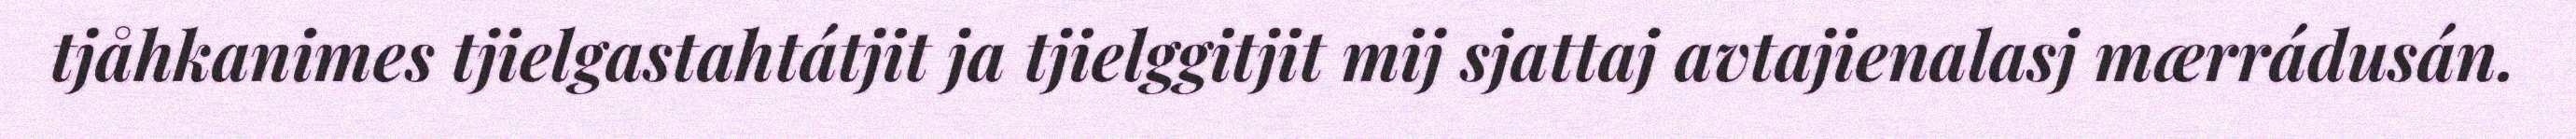
tjåhkanimes tjielgastahtátjit ja tjielggitjit mij sjattaj avtajienalasj mærrádusán.